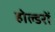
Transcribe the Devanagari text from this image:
होल्डरों